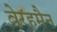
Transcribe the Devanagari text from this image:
बेरहमैन